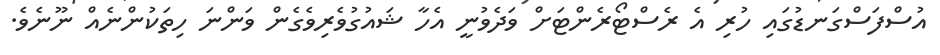
އުސްފަސްގަނޑުގައި ހުރި އެ ރެސްޓޯރެންޓަށް ވަދެވުނީ އެހާ ޝައުގުވެރިވެގެން ވަންނަ ހިތަކުންނެއް ނޫނެވެ.